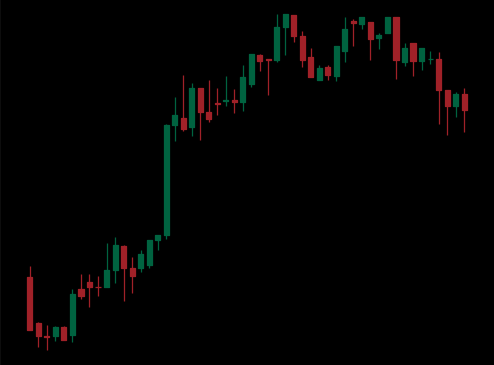
Pattern: bear_flag